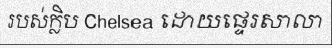
របស់ក្លិប Chelsea ដោយផ្ទេរសាលា